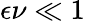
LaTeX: \epsilon\nu\ll 1